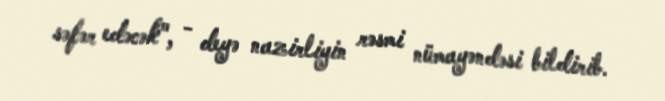
səfər edəcək", - deyə nazirliyin rəsmi nümayəndəsi bildirib.